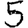
Digit: 5